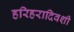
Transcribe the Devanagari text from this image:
हरिहरादिवशी